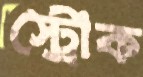
স্ট্রোক